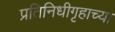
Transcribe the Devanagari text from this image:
प्रतिनिधीगृहाच्या